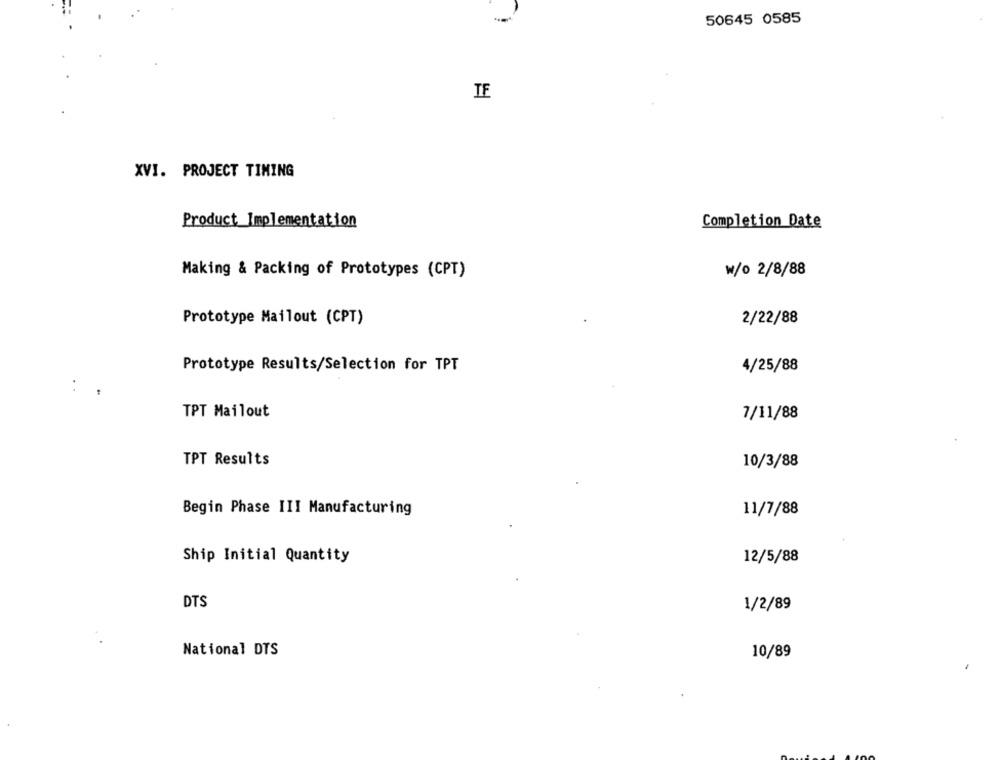
-
50645 0585
TE
XVI. PROJECT TIMING
Product Implementation
Completion Date
Making & Packing of Prototypes (CPT)
w/o 2/8/88
2/22/88
Prototype Mailout (CPT)
Prototype Results/Selection for TPT
4/25/88
TPT Mailout
7/11/88
TPT Results
10/3/88
Begin Phase III Manufacturing
11/7/88
Ship Initial Quantity
12/5/88
DTS
1/2/89
National DTS
10/89